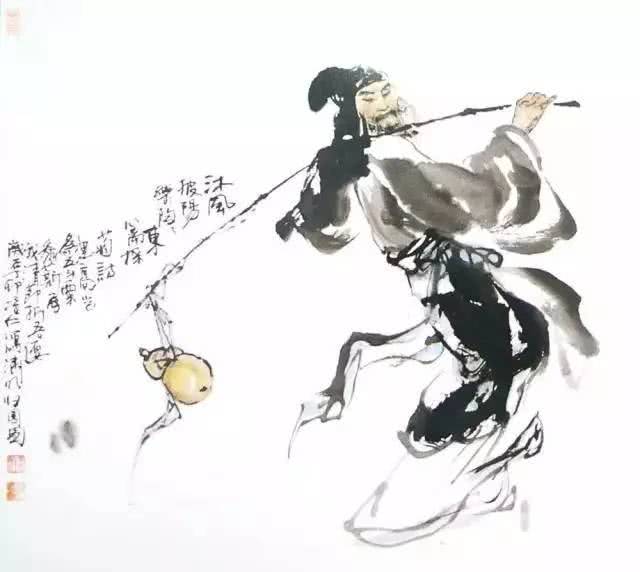
言以足志，文以足言。